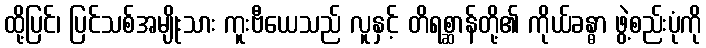
ထို့ပြင်၊ ပြင်သစ်အမျိုးသား ကူးဗီယေသည် လူနှင့် တိရစ္ဆာန်တို့၏ ကိုယ်ခန္ဓာ ဖွဲ့စည်းပုံကို